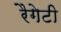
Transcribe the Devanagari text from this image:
रैगेटी